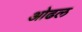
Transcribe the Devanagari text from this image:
ओढल